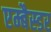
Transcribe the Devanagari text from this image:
एम्बैस्डर